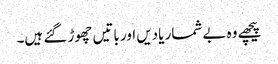
پیچھے وہ بے شمار یادیں اور باتیں چھوڑ گئے ہیں۔